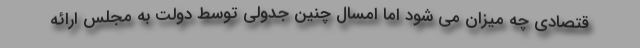
قتصادی چه میزان می شود اما امسال چنین جدولی توسط دولت به مجلس ارائه